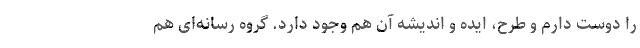
را دوست دارم و طرح، ایده و اندیشه آن هم وجود دارد. گروه رسانه‌ای هم